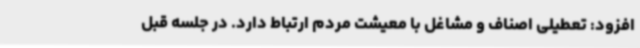
افزود: تعطیلی اصناف و مشاغل با معیشت مردم ارتباط دارد. در جلسه قبل